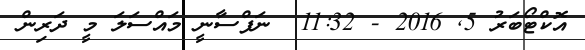
އޮކްޓޯބަރު 5